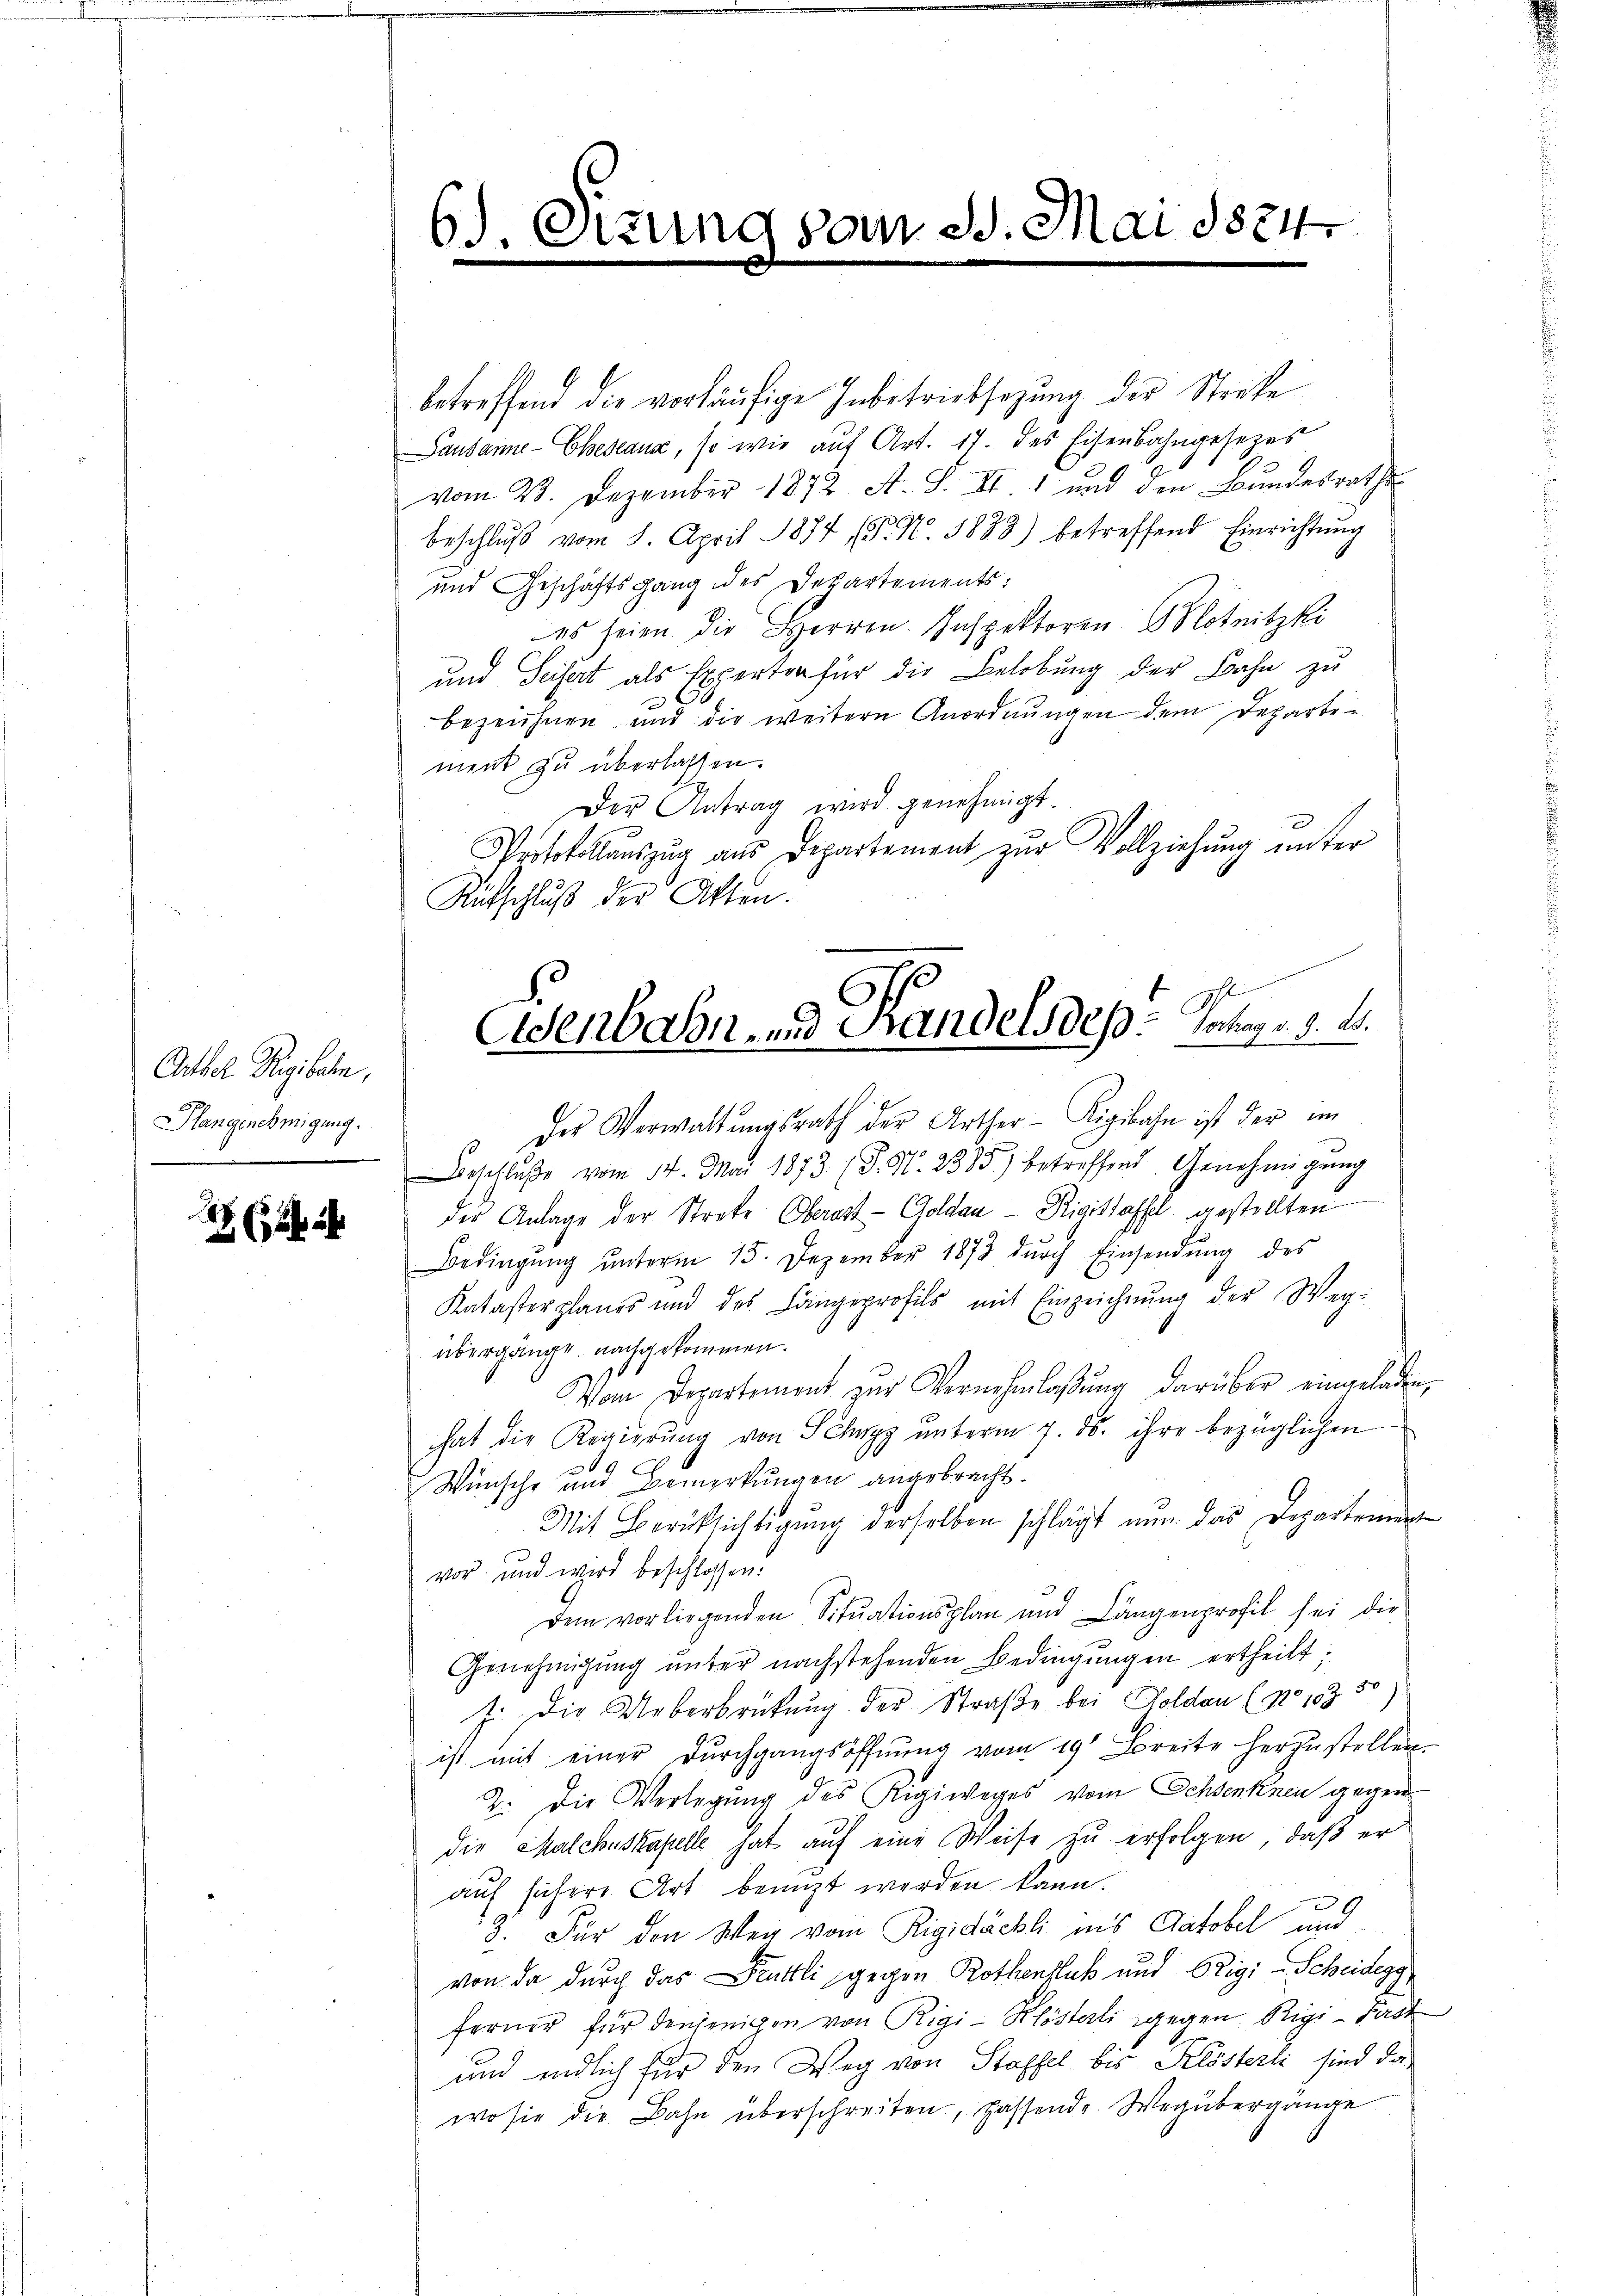
Arthel Rigibahn,
Pfangenehmigung.

6. Sizung von St. Mai 1874.

betreffend die vorläufige Inbetriebsatzung der Strafe
Lausannes- Eheseaux, so wie aŭf Art. 17. des Eisenbahngesezes
vom 23. Dezember 1872 A. S. II. 1 und den Bundesraths
beschlŭβ vom 8. April 1874 (P. Nr. 1883) betreffend Einrichtŭng
und Geschäftsgang des Departements:
es seien die Herren Inspektoren Motnitzki
und Seifert als Experton für die Belobung der Bahn zu
bezeichnen und die weitere Anordnungen dem Departement zu überlassen.
Der Antrag wird genehmigt.
2
Protokollauszug aus Departement zur Vollziehung unter
Rütschluß der Akten.

Eisenbahn- und Pandelsdepu Solange v. M.

" der Verwaltŭngsrath der Arther-Rigibahn ist der im
rschlŭβe vom 14. Mai 1873 (S. Nr. 2335) betreffend. Genehmigŭng
der Anlage der Strafe Oberart - Goldau - Rigislaffel gestellten
Bedingŭng ŭnterm 15. Dezember 1873 dŭrch Einsendŭng des
Katasterplanes und des Langeprofils mit Einzeichnŭng der Weg-
übergangt nachgekommen.
Vom Departement zur Vernehmlaßung darüber eingeladen,
hat die Regierung von Schwyz unterm 7. ds. ihre bezüglichen
g
Wünsche und Bemerkungen angebracht.
Mit Berücksichtigŭng derselben schlägt nun das Departement
vor und wird beschlossen:
dem vorliegenden Situationsplan und Längenprofil sei die
Genehmigŭng ŭnter nachstehenden Bedingŭngen ertheilt:
J. Die Ueberbrückung der Straße bei Holden (No 10330)
ist mit einer Durchgangsöffnung vom 19t Breite herzustellen.
2. Die Verlegung des Rigiweges vom Ochsenknen gegen
die Malchnskapelle hat auf eine Weise zu erfolgen, daß er
auf sichere Art benuzt werden kann.
3. Für den Weg vom Rigidächli ins Catobel und
von da durch das Fruttli gegen Rothenhub und Rigi - Scheidegg
ferner für denjenigen von Rigi-Klösterli gegen Rigi-Past
und endlich für den Weg von Staffel bis Klösterli sind dawosie die Bahn überschreiten, passende Wegübergänge